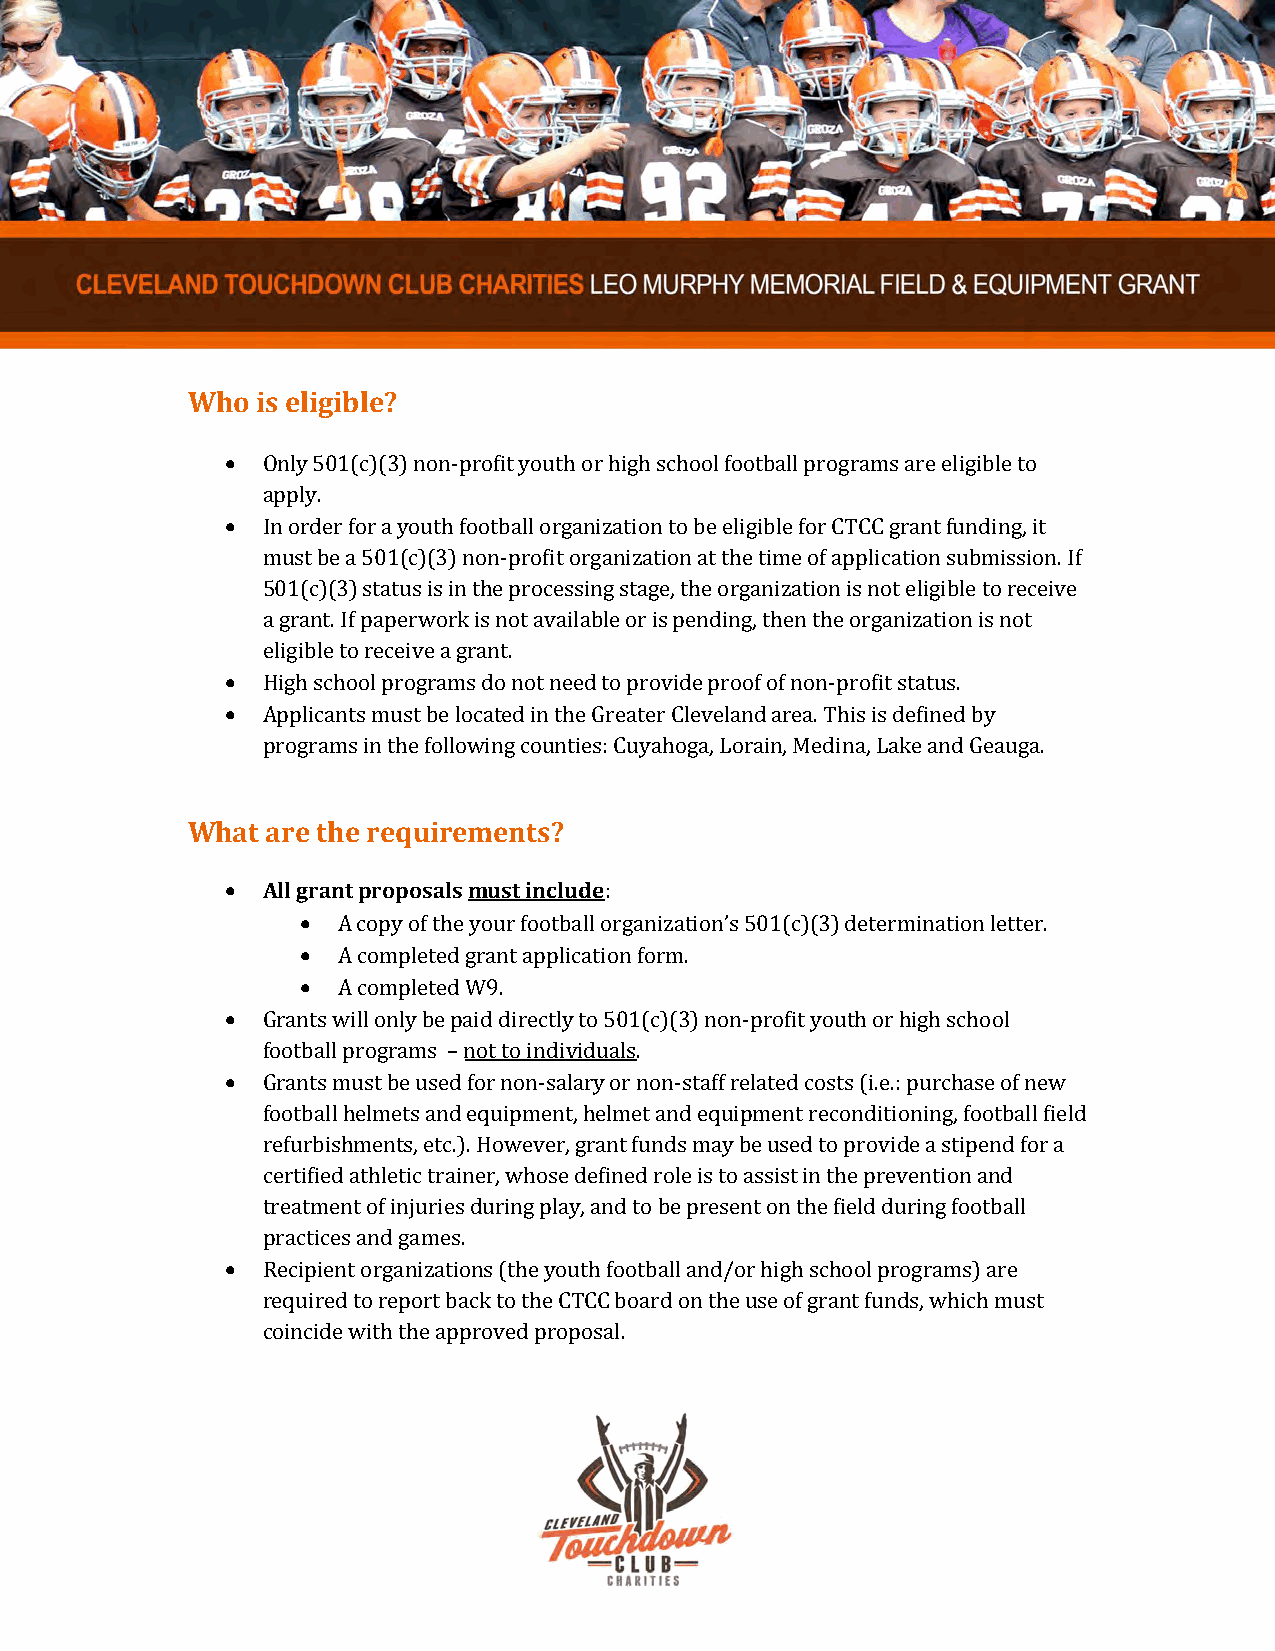
Who  is eligible?
  Only 501(c)(3) non-profit youth or high school football programs are eligible to
 apply.
  In order for a youth football organization to be eligible for CTCC grant funding, it
 must be a 501(c)(3) non-profit organization at the time of application submission. If
 501(c)(3) status is in the processing stage, the organization is not eligible to receive
 a grant. If paperwork is not available or is pending, then the organization is not
 eligible to receive a grant.
  High school programs do not need to provide proof of non-profit status.
  Applicants must be located in the Greater Cleveland area. This is defined by
 programs in the following counties: Cuyahoga, Lorain, Medina, Lake and Geauga.
 What  are the requirements?
  All grant proposals must include:
  A copy of the your football organization’s 501(c)(3) determination letter.
  A completed grant application form.
  A completed W9.
  Grants will only be paid directly to 501(c)(3) non-profit youth or high school
 football programs – not to individuals.
  Grants must be used for non-salary or non-staff related costs (i.e.: purchase of new
 football helmets and equipment, helmet and equipment reconditioning, football field
 refurbishments, etc.). However, grant funds may be used to provide a stipend for a
 certified athletic trainer, whose defined role is to assist in the prevention and
 treatment of injuries during play, and to be present on the field during football
 practices and games.
  Recipient organizations (the youth football and/or high school programs) are
 required to report back to the CTCC board on the use of grant funds, which must
 coincide with the approved proposal.